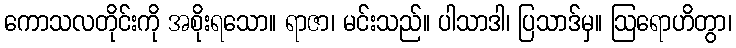
ကောသလတိုင်းကို အစိုးရသော။ ရာဇာ၊ မင်းသည်။ ပါသာဒါ၊ ပြသာဒ်မှ။ ဩရောဟိတွာ၊